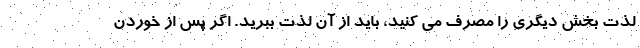
لذت بخش دیگری را مصرف می کنید، باید از آن لذت ببرید. اگر پس از خوردن